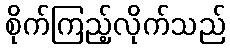
စိုက်ကြည့်လိုက်သည်